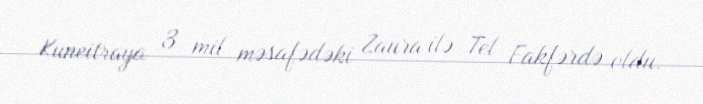
Kuneitraya 3 mil məsafədəki Zaura ilə Tel Fakfərdə oldu.